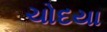
ચોદયા